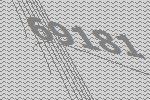
69181